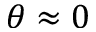
\theta \approx 0